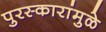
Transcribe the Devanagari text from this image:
पुरस्कारांमुळे